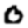
Digit: 0